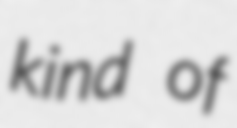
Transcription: kind of